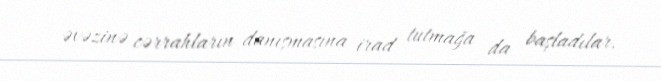
əvəzinə cərrahların danışmasına irad tutmağa da başladılar.